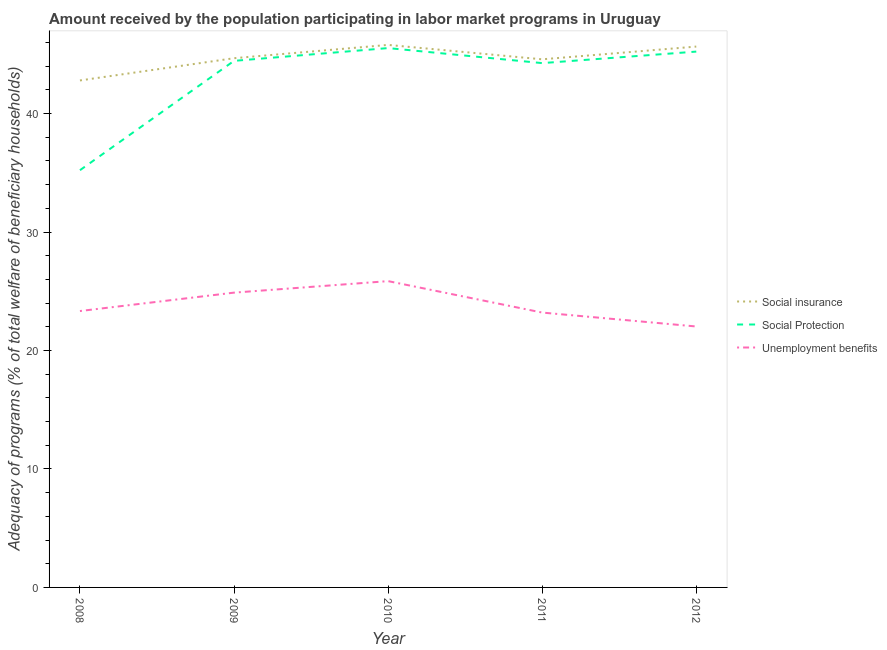
| Year | Social insurance | Social Protection | Unemployment benefits |
 | --- | --- | --- | --- |
 | 2008 | 42.8 | 35.2 | 23.3 |
 | 2009 | 44.7 | 44.5 | 24.9 |
 | 2010 | 45.8 | 45.5 | 25.9 |
 | 2011 | 44.6 | 44.3 | 23.2 |
 | 2012 | 45.7 | 45.2 | 22 |